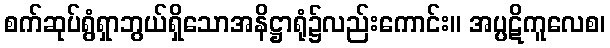
စက်ဆုပ်ရွံရှာဘွယ်ရှိသောအနိဋ္ဌာရုံ၌လည်းကောင်း။ အပ္ပဋိကူလေစ၊